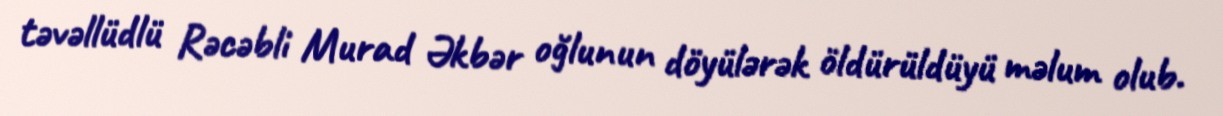
təvəllüdlü Rəcəbli Murad Əkbər oğlunun döyülərək öldürüldüyü məlum olub.